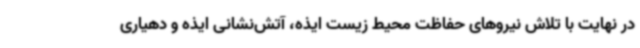
در نهایت با تلاش نیروهای حفاظت محیط زیست ایذه، آتش‌نشانی ایذه و دهیاری